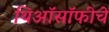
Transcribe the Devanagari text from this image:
थिऑसॉफीचे